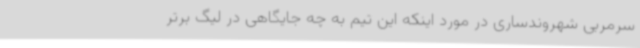
سرمربی شهروندساری در مورد اینکه این تیم به چه جایگاهی در لیگ برتر